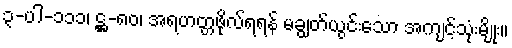
၃-ပါ-၁၁၁၊ ဋ္ဌ-၈၀၊ အရဟတ္တဖိုလ်ရရန် မချွတ်ယွင်းသော အကျင့်သုံးမျိုး။